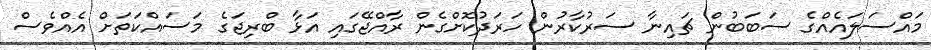
މައްސަލައެއްގެ ސަބަބުން ޗައިނާ ސަރުކާރުން ހަރަދުކޮށްގެން ރާއްޖޭގައި އަޅާ ބްރިޖަގެ މަސައްކަތަށް އެއްވެސް